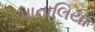
પાતાલિયા